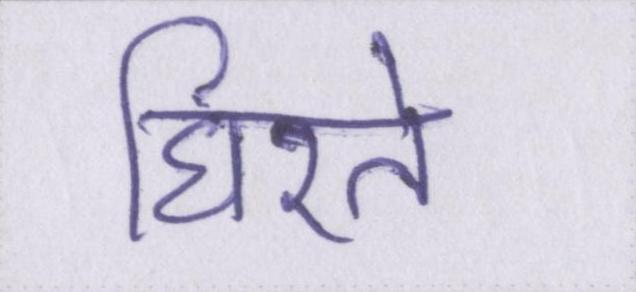
घिरते